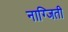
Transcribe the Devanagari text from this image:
नाग्जिती